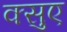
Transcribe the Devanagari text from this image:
क्सुए